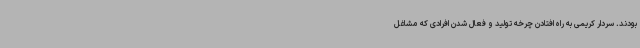
بودند. سردار کریمی به راه افتادن چرخه تولید و فعال شدن افرادی که مشاغل